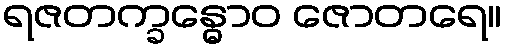
ရဇတက္ခန္ဓောဝ ဇောတရေ။